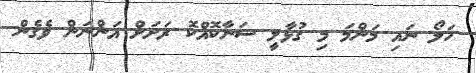
ހަލޯ ނައި މަންމަ މި ގުޅާލީ ސަނާކޮއްކޮ ރަށަށް އަންނަން ވެގެން